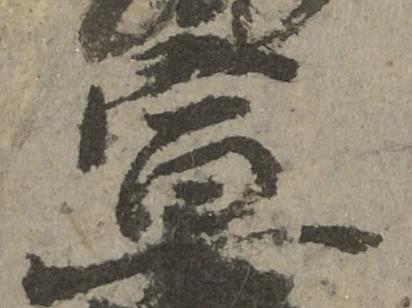
宣